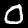
Digit: 0